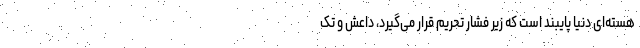
هسته‌ای دنیا پایبند است که زیر فشار تحریم قرار می‌گیرد، داعش و تک